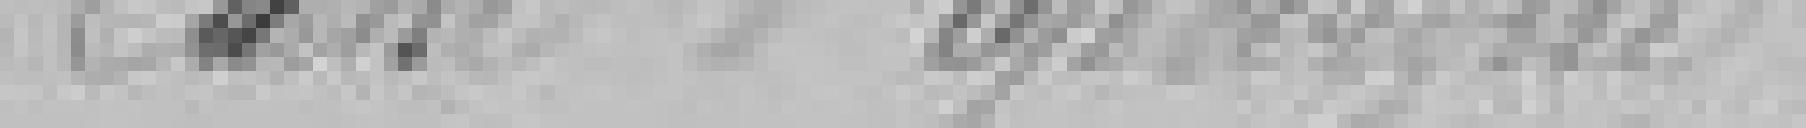
Caisse d'Epargne